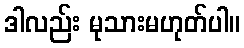
ဒါလည်း မုသားမဟုတ်ပါ။